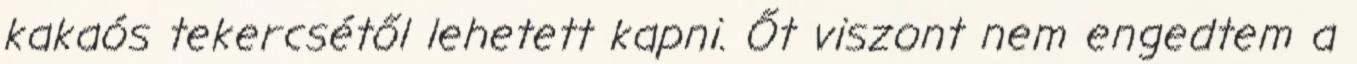
kakaós tekercsétől lehetett kapni. Őt viszont nem engedtem a